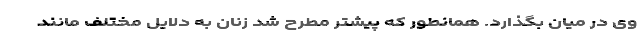
وی در میان بگذارد. همانطور که پیشتر مطرح شد زنان به دلایل مختلف مانند